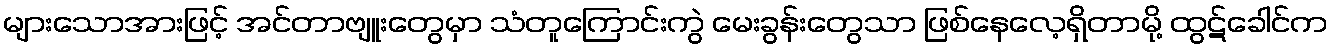
များသောအားဖြင့် အင်တာဗျူးတွေမှာ သံတူကြောင်းကွဲ မေးခွန်းတွေသာ ဖြစ်နေလေ့ရှိတာမို့ ထွဋ်ခေါင်က